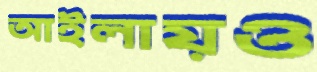
আইলায়ও